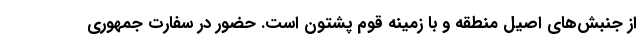
از جنبش‌های اصیل منطقه و با زمینه قوم پشتون است. حضور در سفارت جمهوری